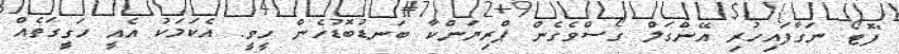
"ފޮޓޯ ނަގާފައިހުރި އޭންގަލް ގޯސްވެގެން ޕްރިޔަންކާ ބަނޑުބޮޑުހެން ހީވީ. އެކަމަކު އެއީ ހަގީގަތެއް